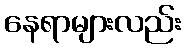
နေရာများလည်း